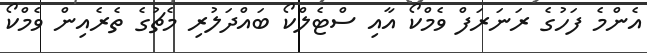
އެންމެ ފަހުގެ ރަނަރަފް ވެމްކޯ އާއި ސްޓެލްކޯ ބައްދަލުރި މެޗުގެ ތެރެއިން ވެމްކޯ